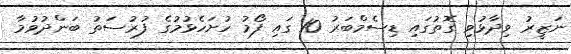
ނަޒީރު ވިދާޅުވި ގޮތުގައި ޑިސެމްބަރު 10 ގައި ފޯމު ހުށަހެޅުމުގެ ފުރުސަތު ބަންދުވުމާ